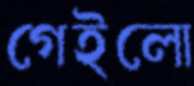
গেইলো